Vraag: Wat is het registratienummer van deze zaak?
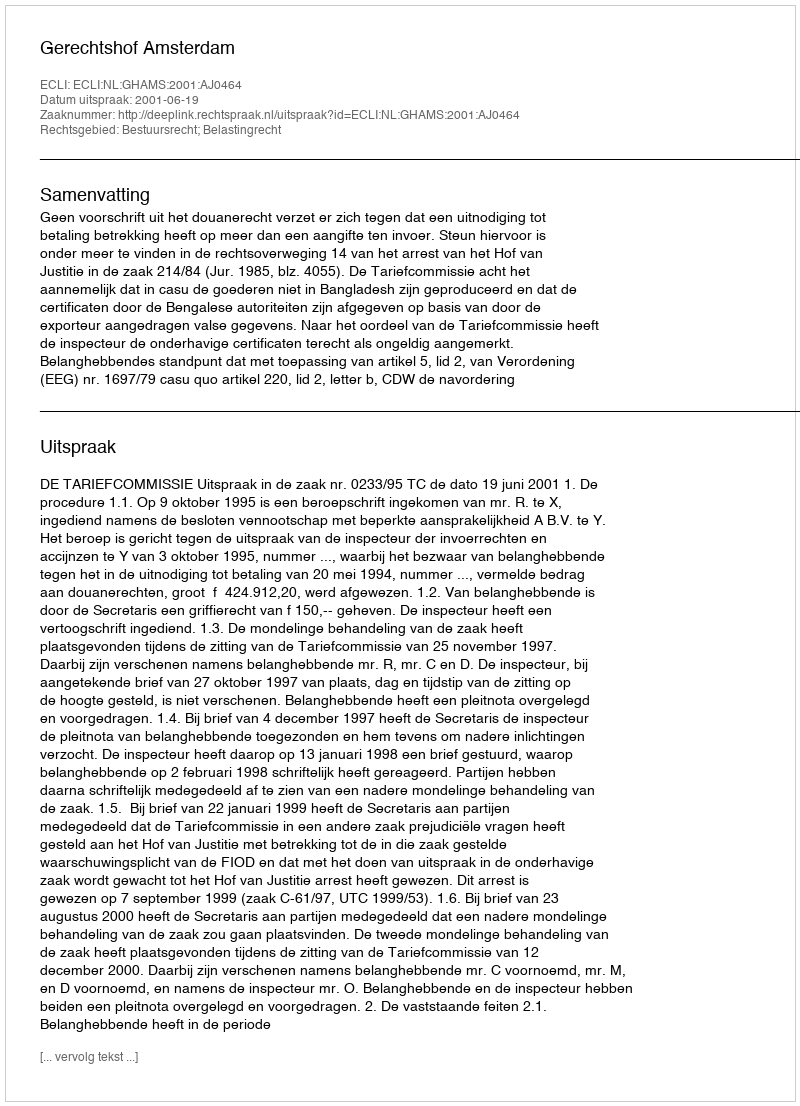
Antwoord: http://deeplink.rechtspraak.nl/uitspraak?id=ECLI:NL:GHAMS:2001:AJ0464